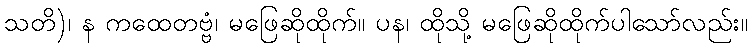
သတိ)၊ န ကထေတဗ္ဗံ၊ မဖြေဆိုထိုက်။ ပန၊ ထိုသို့ မဖြေဆိုထိုက်ပါသော်လည်း။